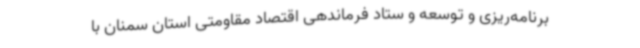
برنامه‌ریزی و توسعه و ستاد فرماندهی اقتصاد مقاومتی استان سمنان با